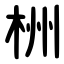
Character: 栦